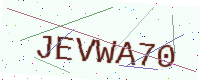
Text: JEVWA70